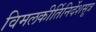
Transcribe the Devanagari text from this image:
विमलकीर्तिनिर्देशसूत्र